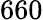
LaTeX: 660